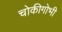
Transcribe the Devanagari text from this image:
चोकीगोभी